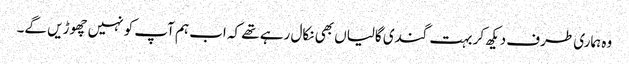
وہ ہماری طرف دیکھ کر بہت گندی گالیاں بھی نکال رہے تھے کہ اب ہم آپ کو نہیں چھوڑیں گے۔